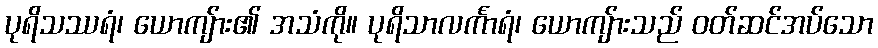
ပုရိသဿရံ၊ ယောကျ်ား၏ အသံကို။ ပုရိသာလင်္ကာရံ၊ ယောကျ်ားသည် ဝတ်ဆင်အပ်သော